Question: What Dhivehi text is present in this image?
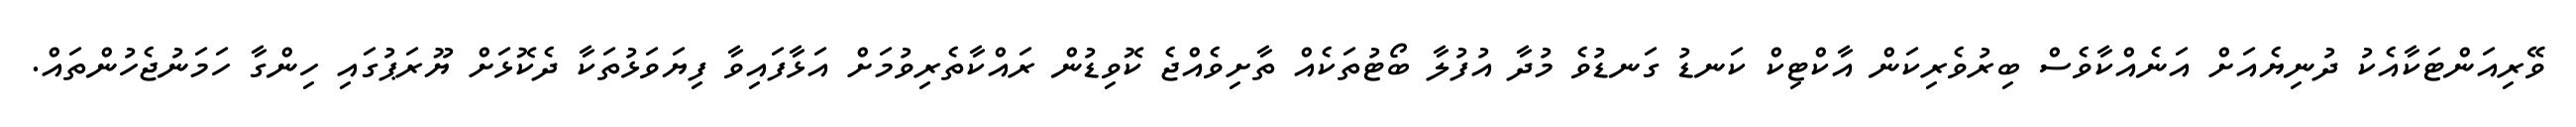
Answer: ވޭރިއަންޓަކާއެކު ދުނިޔެއަށް އަނެއްކާވެސް ބިރުވެރިކަން އާކްޓިކް ކަނޑު ގަނޑުވެ މުދާ އުފުލާ ބޯޓުތަކެއް ތާށިވެއްޖެ ކޮވިޑުން ރައްކާތެރިވުމަށް އަޅާފައިވާ ފިޔަވަޅުތަކާ ދެކޮޅަށް ޔޫރަޕުގައި ހިންގާ ހަމަނުޖެހުންތައް.